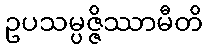
ဥပသမ္ပဇ္ဇိဿာမီတိ